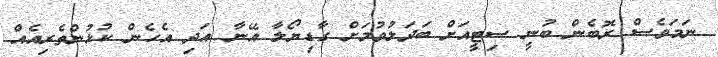
ނަމަވެސް ރޮބެން ބުނީ ސިޓީއަށް ބަދަލުވުމަށް ގާޑިޔޯލާ އޭނާ އަދި އެހެން ކުޅުންތެރިއެއް